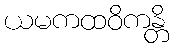
ယမကထဝိကန္တိ